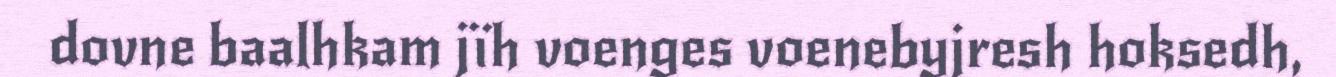
dovne baalhkam jïh voenges voenebyjresh hoksedh,